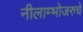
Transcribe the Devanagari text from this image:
नीलाम्भोजरुचे